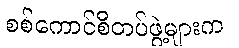
စစ်ကောင်စီတပ်ဖွဲ့များက